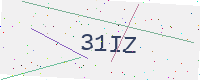
Text: 31IZ